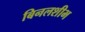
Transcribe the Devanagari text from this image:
बिनलशीभ